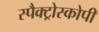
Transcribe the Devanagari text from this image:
स्पैक्ट्रोस्कोपी